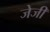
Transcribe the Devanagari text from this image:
जेजी